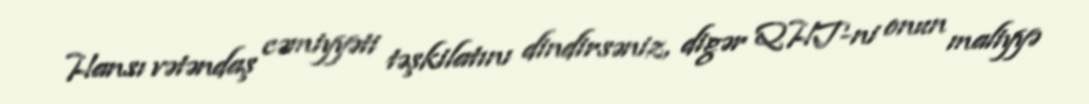
Hansı vətəndaş cəmiyyəti təşkilatını dindirsəniz, digər QHT-ni onun maliyyə